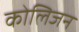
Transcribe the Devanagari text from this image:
कोलिजन